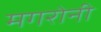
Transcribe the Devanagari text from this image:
मगरोनी